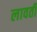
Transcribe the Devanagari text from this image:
लावती